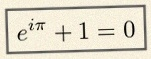
e^{i\pi}+1=0